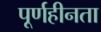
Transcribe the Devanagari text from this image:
पूर्णहीनता